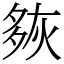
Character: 㷇